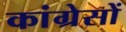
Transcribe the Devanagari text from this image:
कांग्रेसों